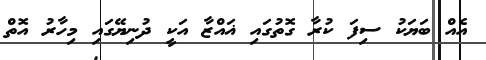
އެއް ބަޔަކު ސިފަ ކުރާ ގޮތުގައި ޣައްޒާ އަކީ ދުނިޔޭގައި މިހާރު އޮތް